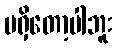
မရှိတော့ပါဘူး